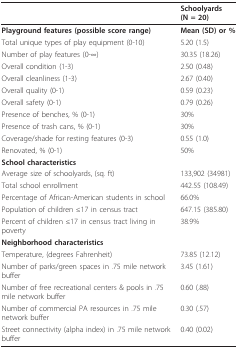
|  | Schoolyards (N = 20) |
 | --- | --- |
 | Playground features (possible score range) | Mean (SD) or % |
 | Total unique types of play equipment (0-10) | 5.20 (1.5) |
 | Number of play features (0-∞) | 30.35 (18.26) |
 | Overall condition (1-3) | 2.50 (0.48) |
 | Overall cleanliness (1-3) | 2.67 (0.40) |
 | Overall quality (0-1) | 0.59 (0.23) |
 | Overall safety (0-1) | 0.79 (0.26) |
 | Presence of benches, % (0-1) | 30% |
 | Presence of trash cans, % (0-1) | 30% |
 | Coverage/shade for resting features (0-3) | 0.55 (1.0) |
 | Renovated, % (0-1) | 50% |
 | School characteristics |  |
 | Average size of schoolyards, (sq. ft) | 133,902 (34981) |
 | Total school enrollment | 442.55 (108.49) |
 | Percentage of African-American students in school | 66.0% |
 | Population of children ≤17 in census tract | 647.15 (385.80) |
 | Percent of children ≤17 in census tract living in poverty | 38.9% |
 | Neighborhood characteristics |  |
 | Temperature, (degrees Fahrenheit) | 73.85 (12.12) |
 | Number of parks/green spaces in .75 mile network buffer | 3.45 (1.61) |
 | Number of free recreational centers & pools in .75 mile network buffer | 0.60 (.88) |
 | Number of commercial PA resources in .75 mile network buffer | 0.30 (.57) |
 | Street connectivity (alpha index) in .75 mile network buffer | 0.40 (0.02) |